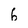
Character: 6